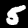
Label: 5